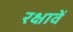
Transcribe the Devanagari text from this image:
रक्षावें